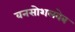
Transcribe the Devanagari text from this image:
वनसोशलवेब